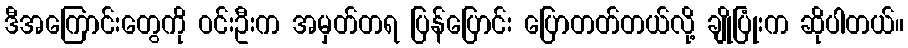
ဒီအကြောင်းတွေကို ဝင်းဦးက အမှတ်တရ ပြန်ပြောင်း ပြောတတ်တယ်လို့ ချိုပြုံးက ဆိုပါတယ်။